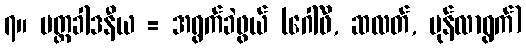
၇။ ပတ္တခါဒနီယ = အရွက်ခဲဖွယ် (ဂေါ်ဖီ, ဆလတ်, မုန်လာရွက်)